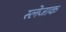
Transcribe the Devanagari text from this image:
स्लेजाक